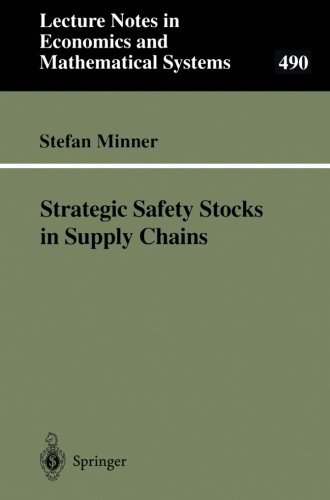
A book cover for Strategic Safety Stocks in Supply Chains (Lecture Notes in Economics and Mathematical Systems); Science & Math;